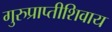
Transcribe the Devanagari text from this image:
गुरुप्राप्तीशिवाय